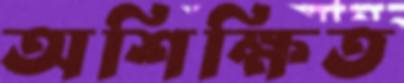
অশিক্ষিত